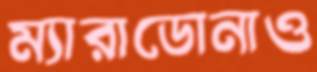
ম্যারাডোনাও